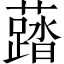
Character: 𧃌